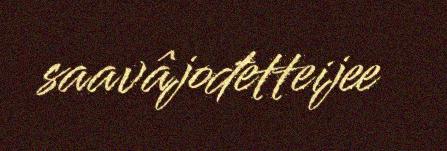
saavâjođetteijee